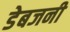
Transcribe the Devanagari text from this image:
डेबजनी